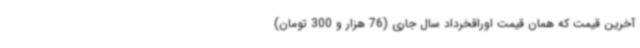
آخرین قیمت که همان قیمت اوراقخرداد سال جاری (76 هزار و 300 تومان)